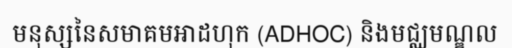
មនុស្សនៃសមាគមអាដហុក (ADHOC) និងមជ្ឈមណ្ឌល